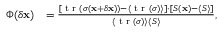
\begin{array} { r l } { \Phi ( \delta \mathbf { x } ) } & { = \frac { [ \textrm { t r } ( { \boldsymbol \sigma } ( \mathbf { x } + \delta \mathbf { x } ) ) - \langle \textrm { t r } ( { \boldsymbol \sigma } ) \rangle ] \cdot [ S ( \mathbf { x } ) - \langle S \rangle ] } { \langle \textrm { t r } ( { \boldsymbol \sigma } ) \rangle \langle S \rangle } , } \end{array}